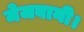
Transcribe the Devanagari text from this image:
मेजबानी।